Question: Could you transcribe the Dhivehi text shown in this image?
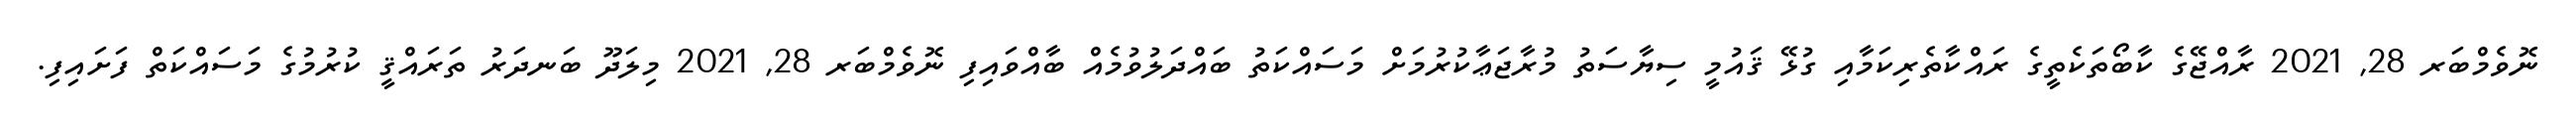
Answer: ނޮވެމްބަރ 28, 2021 ރާއްޖޭގެ ކާބޯތަކެތީގެ ރައްކާތެރިކަމާއި ގުޅޭ ޤައުމީ ސިޔާސަތު މުރާޖަޢާކުރުމަށް މަސައްކަތު ބައްދަލުވުމެއް ބާއްވައިފި ނޮވެމްބަރ 28, 2021 މިލަދޫ ބަނދަރު ތަރައްޤީ ކުރުމުގެ މަސައްކަތް ފަށައިފި.